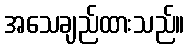
အသေချည်ထားသည်။